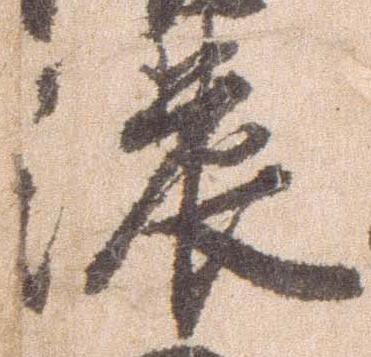
濃